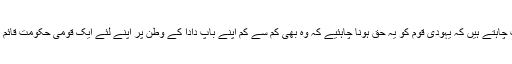
کیا آپ چاہتے ہیں کہ یہودى قوم کو یہ حق ہونا چاہئیے کہ وه بهى کم سے کم اپنے باپ دادا کے وطن پر اپنے لئے ایک قومى حکومت قائم کریں؟